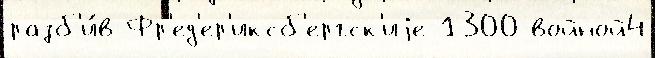
разб'и́в Фр'ед'ер'иксб'ергск'иjе 1300 войной4